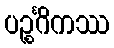
ပဉ္စင်္ဂိကဿ